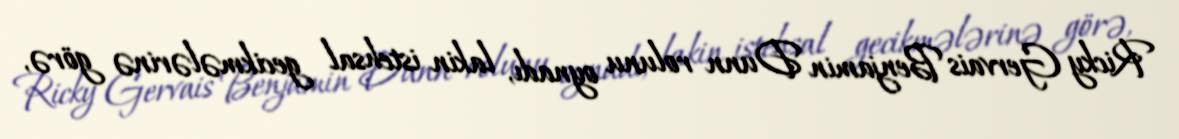
Ricky Gervais Benjamin Dunn rolunu oynadı, lakin istehsal gecikmələrinə görə,